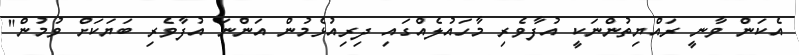
އެކަން ވާނީ ރައްޔިތުންނަކީ އުފާވެރި މާހައުލެއްގައި ދިރިއުޅެމުން އަންނަ އުފާވެރި ބަޔަކަށް ވުމުން"